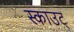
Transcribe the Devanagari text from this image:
स्काउट्